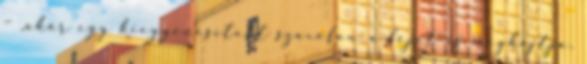
– „akár egy kiegyenesített szaxofon a fejét is meghajtja,